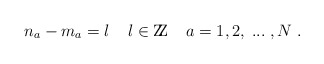
\begin{align*}n_a - m_a = l \; \; \; \;l \in \mbox{Z\hspace{-.8ex}Z}\; \; \; \; a = 1,2, \; ... \; , N \; .\end{align*}